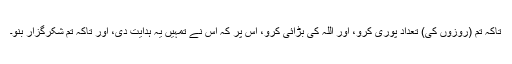
تاکہ تم (روزوں کی) تعداد پوری کرو، اور اللہ کی بڑائی کرو، اس پر کہ اُس نے تمہیں یہ ہدایت دی، اور تاکہ تم شکرگزار بنو۔